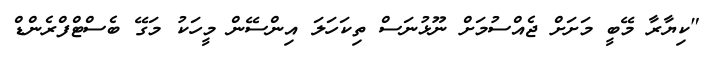
"ކިޔާރާ މޭބީ މަށަށް ޖެއްސުމަށް ނޫޅުނަސް ތިކަހަލަ އިންސޭން މީހަކު މަގޭ ބެސްޓްފްރެންޑް